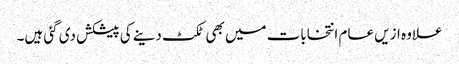
علاوہ ازیں عام انتخابات میں بھی ٹکٹ دینے کی پیشکش دی گئی ہیں۔